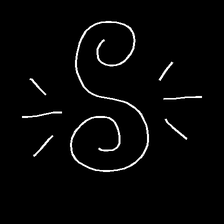
Glyph: wind-directs-air